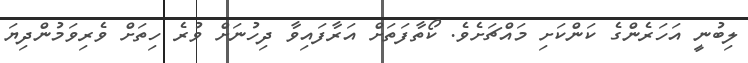
ލިބުނީ އަހަރެންގެ ކަންކަށި މައްޗަށެވެ. ކޯތާފަތަށް އަރާފައިވާ ދިހުނަށް ވުރެ ހިތަށް ވެރިވަމުންދިޔަ